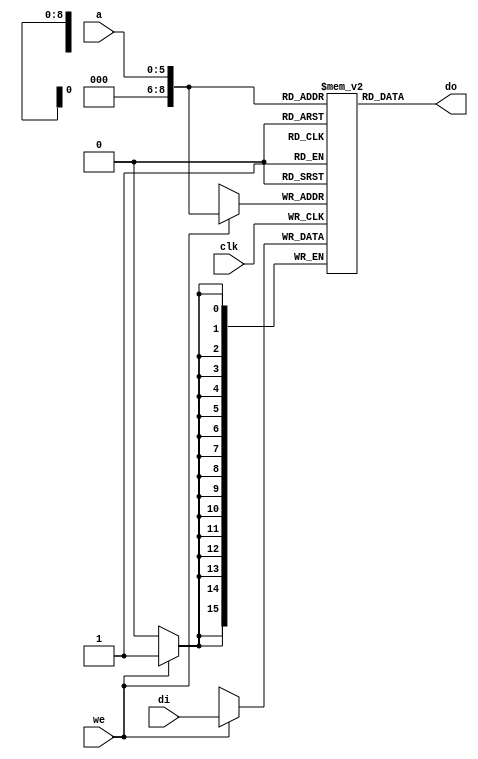

module SinglePortRAM #
    (parameter RAM_ADDR_WIDTH = 6, RAM_DATA_WIDTH = 16, RAM_SIZE = 512)
    (
        input       clk,
        input       we,
        input       [RAM_ADDR_WIDTH-1:0] a,
        input       [RAM_DATA_WIDTH-1:0] di,
        output  reg [RAM_DATA_WIDTH-1:0] do
    );
    
    reg signed [RAM_DATA_WIDTH-1:0] ram [RAM_SIZE-1:0];
    
    //Initialization
    integer i ;
    initial begin
        for (i = 0; i < RAM_SIZE; i = i + 1) begin
            ram[i] = 0 ;
        end
    end
    
    always @ (posedge clk) begin
        if (we)
            ram[a] <= di;
    end
    
    always @ * begin 
        do = ram[a];
    end
endmodule